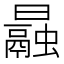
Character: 曧